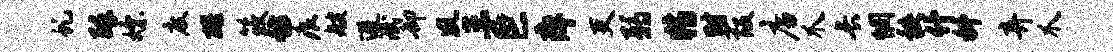
虬醉嫖度醒筱仿痕艘避泯却夙三巨痒吏弱特时葭店爪长惘秩什科弃爪